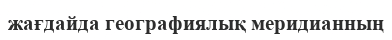
жағдайда географиялық меридианның